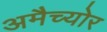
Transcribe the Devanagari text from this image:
अमैच्योर